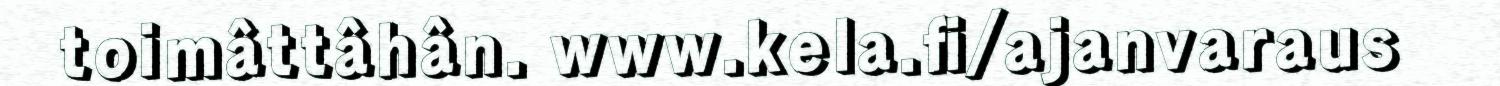
toimâttâhân. www.kela.fi/ajanvaraus